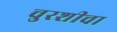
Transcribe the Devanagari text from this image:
चुरशीचा